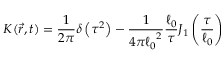
K ( \vec { r } , t ) = \frac { 1 } { 2 \pi } \delta \left( \tau ^ { 2 } \right) - \frac { 1 } { 4 \pi { \ell _ { 0 } } ^ { 2 } } \frac { \ell _ { 0 } } { \tau } J _ { 1 } \left( \frac { \tau } { \ell _ { 0 } } \right)